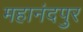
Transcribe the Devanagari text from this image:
महानंदपुर